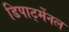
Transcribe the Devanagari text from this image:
डिपार्ट्मेनल